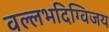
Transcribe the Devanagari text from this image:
वल्लभदिग्विजय